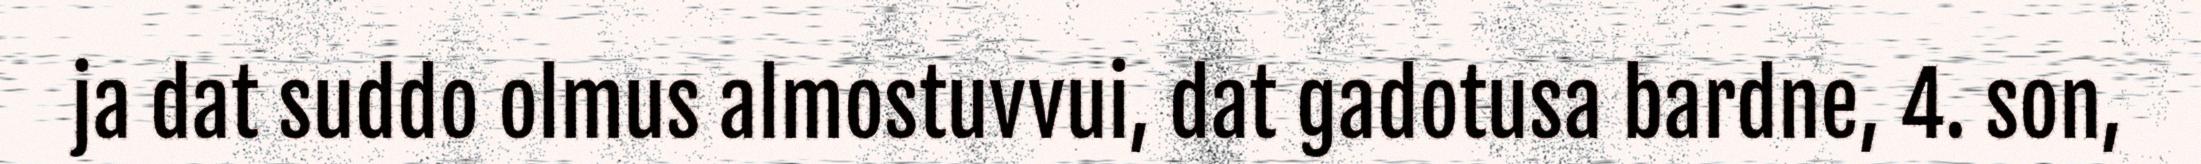
ja dat suddo olmus almostuvvui, dat gadotusa bardne, 4. son,